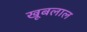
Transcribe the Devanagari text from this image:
खूबलाल